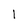
Character: l